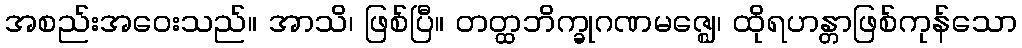
အစည်းအဝေးသည်။ အာသိ၊ ဖြစ်ပြီ။ တတ္ထဘိက္ခုဂဏမဇ္ဈေ၊ ထိုရဟန္တာဖြစ်ကုန်သော